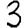
Digit: 3